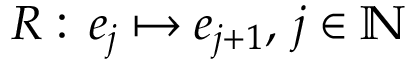
R : \, e _ { j } \mapsto e _ { j + 1 } , \, j \in \mathbb { N }